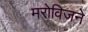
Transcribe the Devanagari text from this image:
मरोविजने